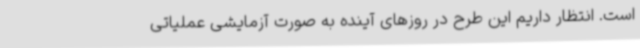
است. انتظار داریم این طرح در روزهای آینده به صورت آزمایشی عملیاتی